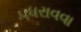
પધરાવવા